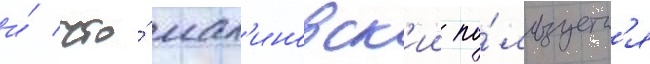
и́ что́ мал'иновск'ии по́льзуетс'я